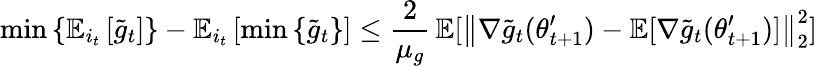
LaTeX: \operatorname*{min}\left\{ \mathbb{E}_{i_{t}}\left[\tilde{g}_{t}\right]\right\} -\mathbb{E}_{i_{t}}\left[\operatorname*{min}\left\{ \tilde{g}_{t}\right\} \right]\leq\frac{2}{\mu_{g}}\, \mathbb{E}[\left\| \nabla\tilde{g}_{t}(\theta_{t+1}^{\prime})-\mathbb{E}[\nabla\tilde{g}_{t}(\theta_{t+1}^{\prime})]\right\| _{2}^{2}]